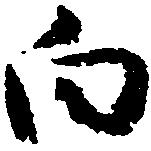
向